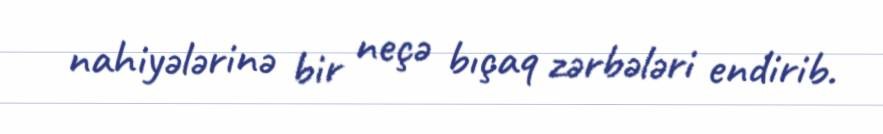
nahiyələrinə bir neçə bıçaq zərbələri endirib.